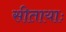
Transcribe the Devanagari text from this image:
सीतायाः